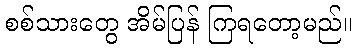
စစ်သားတွေ အိမ်ပြန် ကြရတော့မည်။